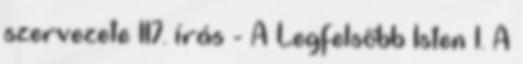
szervezete 117. írás - A Legfelsőbb Isten 1. A